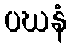
ပဃနံ